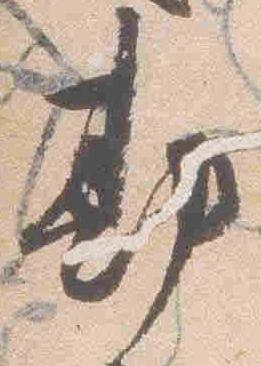
勘